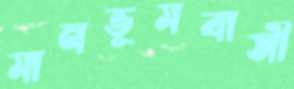
মানভূমবাসী